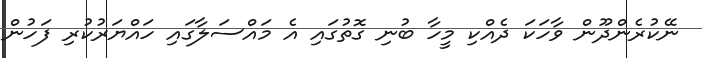
ނޭކުރެންދޫން ވާހަކަ ދެއްކި މީހާ ބުނި ގޮތުގައި އެ މައްސަލާގައި ހައްޔަރުކުރި ފަހުން